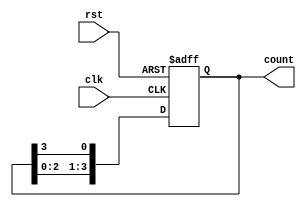
module multi_stage_ring_counter #(
    parameter STAGES = 4 // Number of stages for the ring counter
) (
    input wire clk,      // Clock input
    input wire rst,      // Asynchronous reset input
    output reg [STAGES-1:0] count // Output of the ring counter
);

    // Initialize the count to the first stage
    always @(posedge clk or posedge rst) begin
        if (rst) begin
            count <= {STAGES-1{1'b0}}; // Set all to 0
            count[0] <= 1'b1;          // Set the first stage to 1
        end else begin
            count <= {count[STAGES-2:0], count[STAGES-1]}; // Shift right
        end
    end

endmodule